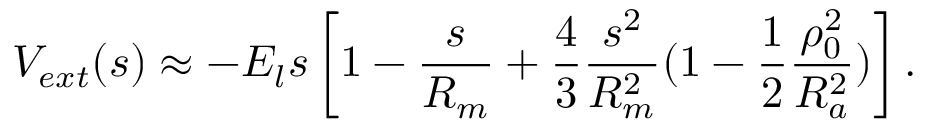
V _ { e x t } ( s ) \approx - E _ { l } s \left[ 1 - \frac { s } { R _ { m } } + \frac { 4 } { 3 } \frac { s ^ { 2 } } { R _ { m } ^ { 2 } } ( 1 - \frac { 1 } { 2 } \frac { \rho _ { 0 } ^ { 2 } } { R _ { a } ^ { 2 } } ) \right] .